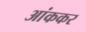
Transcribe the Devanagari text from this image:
आंककर